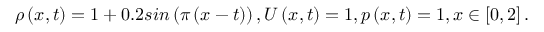
\rho \left( x , t \right) = 1 + 0 . 2 s i n \left( \pi \left( x - t \right) \right) , U \left( x , t \right) = 1 , p \left( x , t \right) = 1 , x \in \left[ 0 , 2 \right] .